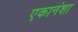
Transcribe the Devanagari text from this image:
एकानंशा